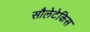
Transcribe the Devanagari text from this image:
सौलेटेकिस